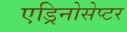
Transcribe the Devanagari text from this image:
एड्रिनोसेप्टर